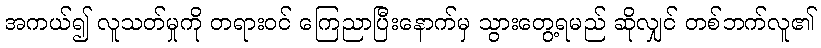
အကယ်၍ လူသတ်မှုကို တရားဝင် ကြေညာပြီးနောက်မှ သွားတွေ့ရမည် ဆိုလျှင် တစ်ဘက်လူ၏